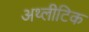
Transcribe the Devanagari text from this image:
अथ्लीटिक